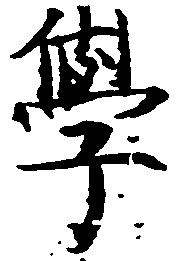
学